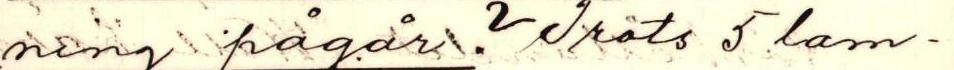
ning frågår? Tröts 5 lam-